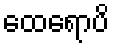
ထေရောပိ